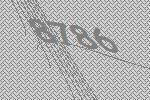
8786